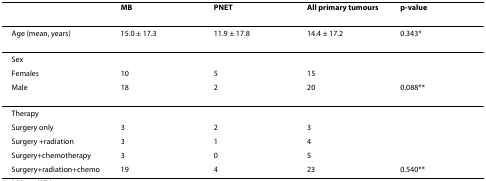
<table><thead><tr><td></td><td><b>MB</b></td><td><b>PNET</b></td><td><b>All primary tumours</b></td><td><b>p-value</b></td></tr></thead><tbody><tr><td>Age (mean, years)</td><td>15.0 ± 17.3</td><td>11.9 ± 17.8</td><td>14.4 ± 17.2</td><td>0.343*</td></tr><tr><td>Sex</td><td></td><td></td><td></td><td></td></tr><tr><td>Females</td><td>10</td><td>5</td><td>15</td><td></td></tr><tr><td>Male</td><td>18</td><td>2</td><td>20</td><td>0.088**</td></tr><tr><td>Therapy</td><td></td><td></td><td></td><td></td></tr><tr><td>Surgery only</td><td>3</td><td>2</td><td>3</td><td></td></tr><tr><td>Surgery +radiation</td><td>3</td><td>1</td><td>4</td><td></td></tr><tr><td>Surgery+chemotherapy</td><td>3</td><td>0</td><td>5</td><td></td></tr><tr><td>Surgery+radiation+chemo</td><td>19</td><td>4</td><td>23</td><td>0.540**</td></tr></tbody></table>